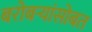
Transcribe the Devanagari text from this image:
बरोबर्‍यांसोबत